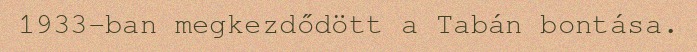
1933-ban megkezdődött a Tabán bontása.